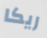
ريكا